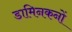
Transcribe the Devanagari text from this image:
डामिनकनों